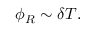
\phi _ { R } \sim \delta T .